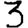
Digit: 3